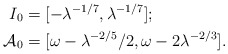
\begin{align*}I_0 &= [-\lambda^{-1/7}, \lambda^{-1/7}]; \\\mathcal{A}_0 &= [\omega - \lambda^{-2/5}/2, \omega - 2\lambda^{-2/3}].\end{align*}